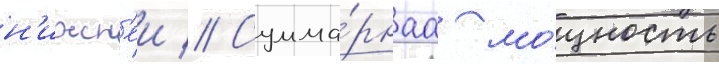
н'ижн'еи // Сумма́рнаа мо́щность